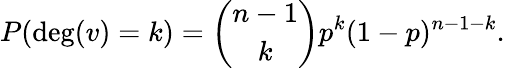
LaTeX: P(\deg(v)=k)={\binom{n-1}{k}}p^{k}(1-p)^{n-1-k}.